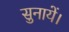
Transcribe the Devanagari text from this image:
सुनायें।